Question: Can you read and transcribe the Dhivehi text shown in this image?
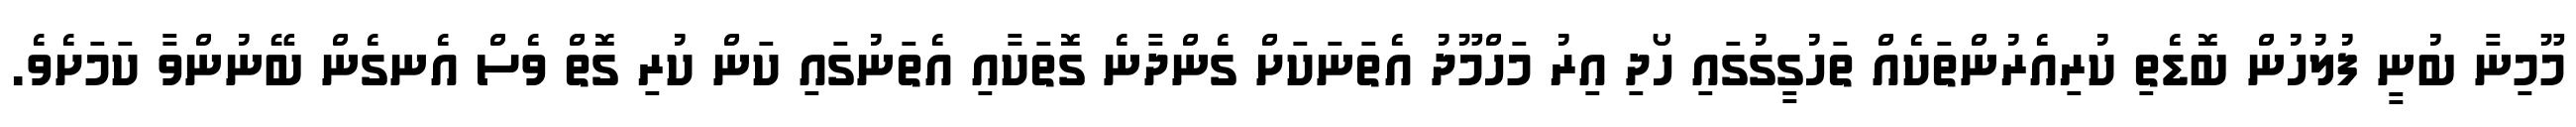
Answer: މޫމިނާ ބުނީ ފުލުހުން ބޮޑެތި ކުރިއެރުންތަކެއް ތަހުގީގުގައި ހޯދި އިރު މަހްމޫދު އެތަނަކަށް ގެންދާނެ ގޮތަކާއި އެތަނުގައި ކަން ކުރި ގޮތް ވެސް އެނގެން ބޭނުންވާ ކަމަށެވެ.